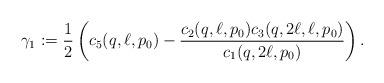
LaTeX: \begin{align*}\gamma_1 := \frac{1}{2} \left( c_5(q,\ell,p_0) - \frac{c_2(q,\ell,p_0)c_3(q,2\ell,\ell,p_0)}{c_1(q,2\ell,p_0)} \right).\end{align*}